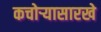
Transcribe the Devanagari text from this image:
कचोऱ्यासारखे